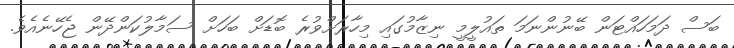
ބަސް ދަމަހައްޓަން ބޭނުންނަމަ ތައުލީމީ ނިޒާމުގައި މިހާރަށްވުރެ ބޮޑަށް ބަހަށް ސަމާލުކަންދޭން ޖެހޭނެއެވެ.